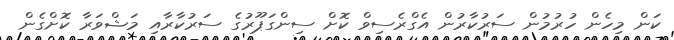
ކަން މިހެން ހުރުމުން ސަރުކާރުން އެގްރެސިވް ކޮށް ސިންގަޕޫރުގެ ސަރުކާރާއި މަޝްވަރާ ކޮށްގެން